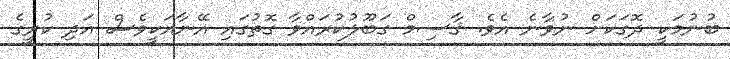
ބުނުމަކީ ދޮގަކަށް ނުވާނެ އެވެ. ޤާސިމް ގަބޫލުކުރައްވާ ގޮތުގައި އޭނާއަކީވެސް އަދި ކުރީގެ